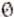
0